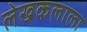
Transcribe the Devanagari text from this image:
लेखकलाला